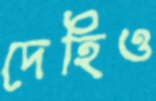
দেহিও